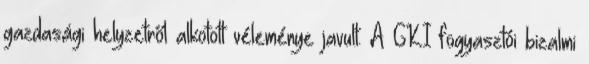
gazdasági helyzetről alkotott véleménye javult. A GKI fogyasztói bizalmi